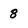
Character: 8